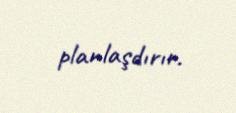
planlaşdırır.